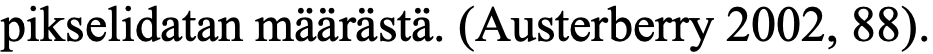
pikselidatan määrästä. (Austerberry 2002, 88).